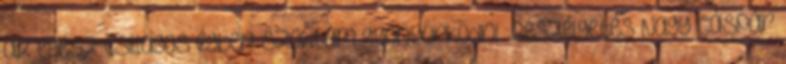
az egész csillagos égben szoktam gyönyörködni” Beszélgetés Nagy Gáspár